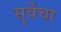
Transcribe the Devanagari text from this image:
सुर्वेचा